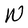
Character: w